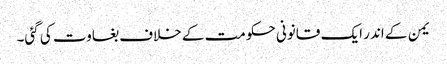
یمن کے اندر ایک قانونی حکومت کے خلاف بغاوت کی گئی۔